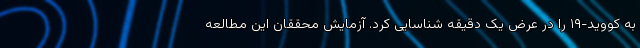
به کووید-۱۹ را در عرض یک دقیقه شناسایی کرد. آزمایش محققان این مطالعه